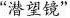
“潜望镜”